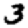
Digit: 3